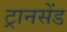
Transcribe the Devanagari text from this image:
ट्रानसेंड